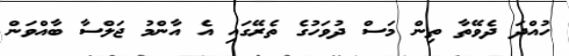
ހުއްދަ ދެވޭތާ ތިން މަސް ދުވަހުގެ ތެރޭގައި އެ އާންމު ޖަލްސާ ބާއްވަން